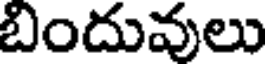
బిందువులు